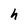
Character: h